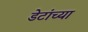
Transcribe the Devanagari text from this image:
डेटांच्या